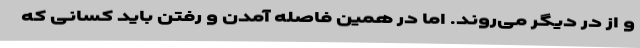
و از در دیگر می‌روند. اما در همین فاصله آمدن و رفتن باید کسانی که